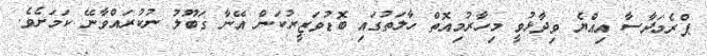
ޕްރެމަދާސާ އިއްޔެ ވިދާޅުވީ މިހާރުމިއޮތް ހާލަތުގައި ބޮޑުވަޒީރުކަން އޭނާ ގަބޫލު ނުކުރައްވާނޭ ކަމަށެވެ.